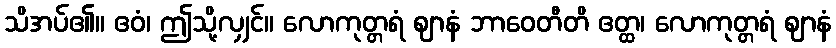
သိအပ်၏။ ဧဝံ၊ ဤသို့လျှင်။ လောကုတ္တရံ ဈာနံ ဘာဝေတီတိ ဧတ္ထ၊ လောကုတ္တရံ ဈာနံ